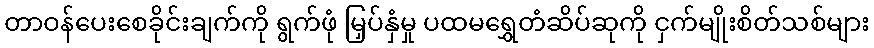
တာဝန်ပေးစေခိုင်းချက်ကို ရွက်ဖုံ မြှပ်နှံမှု ပထမရွှေတံဆိပ်ဆုကို ငှက်မျိုးစိတ်သစ်များ